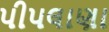
પીપલાણા